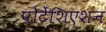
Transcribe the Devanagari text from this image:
पोटेंशिएशन